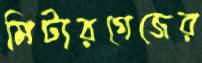
মিটারগেজের